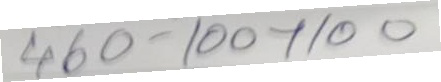
460 - 100x100